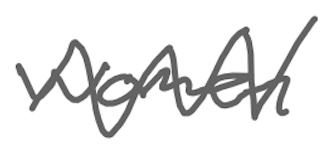
Text: women
Cross-out: zig-zag
Writing tool: digital_gray